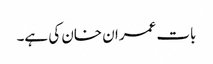
بات عمران خان کی ہے۔